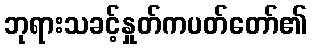
ဘုရားသခင့်နှုတ်ကပတ်တော်၏